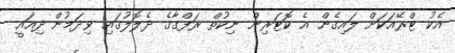
އެކު ޓްރޭއަކަށް ލައިގެން އެ ކޮޓަރިން ނިކުތް ރަފްގާގެ ދެލޮލުގައި ވިދަމުން ދިއައީ